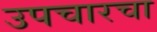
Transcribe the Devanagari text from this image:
उपचारचा